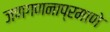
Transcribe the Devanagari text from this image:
जणगणनाप्रमाणे